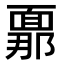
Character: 𮧍